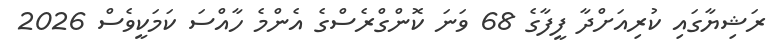
ރަޝިޔާގައި ކުރިއަށްދާ ފީފާގެ 68 ވަނަ ކޮންގްރެސްގެ އެންމެ ހާއްސަ ކަމަކީވެސް 2026